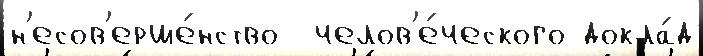
н'есов'ерше́нство  челов'е́ческого докла́д